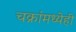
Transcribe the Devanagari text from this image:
चक्रांमध्येही